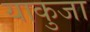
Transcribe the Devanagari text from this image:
याकुजा